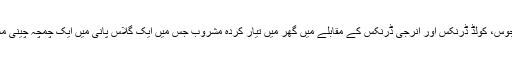
رپورٹ کے مطابق ٹیٹرا پیک جوس، کولڈ ڈرنکس اور انرجی ڈرنکس کے مقابلے میں گھر میں تیار کردہ مشروب جس میں ایک گلاس پانی میں ایک چمچہ چینی ملائی جائے تو وہ زیادہ مفید ہے۔